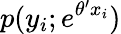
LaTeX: p(y_{i};e^{\theta^{\prime}x_{i}})